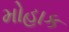
મોહાક